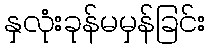
နှလုံးခုန်မမှန်ခြင်း